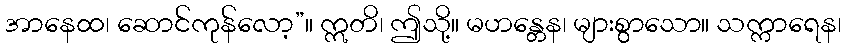
အာနေထ၊ ဆောင်ကုန်လော့”။ ဣတိ၊ ဤသို့။ မဟန္တေန၊ များစွာသော။ သက္ကာရေန၊